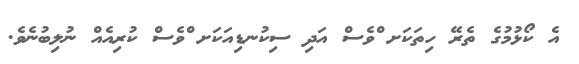
އެ ކޯޅުމުގެ ތެރޭ ހިތަކަށ ްވެސް އަދި ސިކުނޑިއަކަށ ްވެސް ކުރިއެއް ނުލިބުނެވެ.